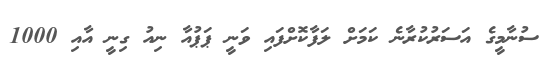
ސުނާމީގެ އަސަރުކުރާނެ ކަމަށް ލަފާކޮށްފައި ވަނީ ޕަޕުއާ ނިއު ގިނީ އާއި 1000